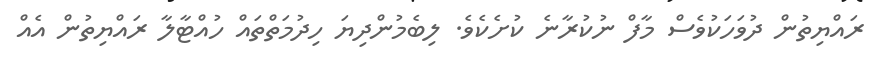
ރައްޔިތުން ދުވަހަކުވެސް މާފް ނުކުރާނެ ކުށެކެވެ. ލިބެމުންދިޔަ ހިދުމަތްތައް ހުއްޓާލާ ރައްޔިތުން އެއް